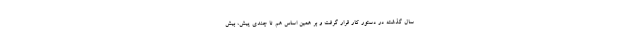
سال گذشته در دستور کار قرار گرفت و بر همین اساس هم تا چندی پیش، بیش